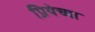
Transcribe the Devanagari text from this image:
प्रियेच्या